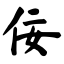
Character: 佞